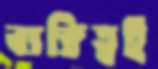
ব্যক্তিত্বই